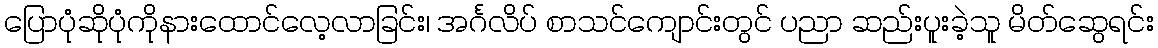
ပြောပုံဆိုပုံကိုနားထောင်လေ့လာခြင်း၊ အင်္ဂလိပ် စာသင်ကျောင်းတွင် ပညာ ဆည်းပူးခဲ့သူ မိတ်ဆွေရင်း